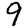
Digit: 9